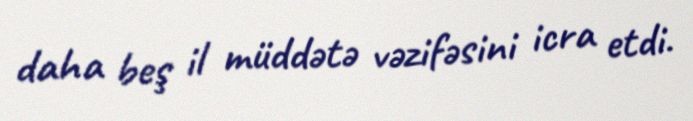
daha beş il müddətə vəzifəsini icra etdi.